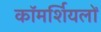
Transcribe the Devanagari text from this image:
कॉमर्शियलों